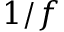
1 / f